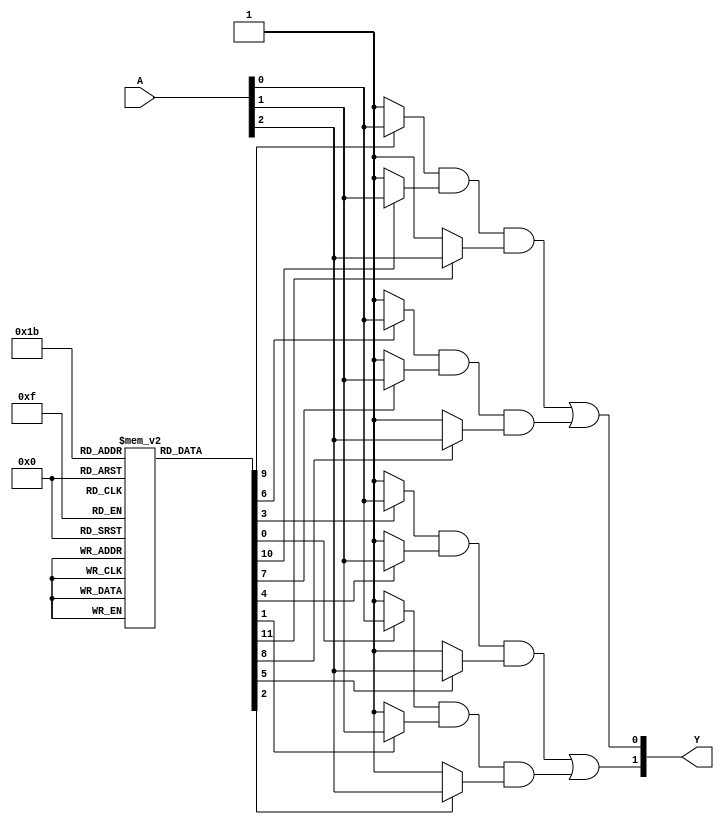
module PAL (
    input wire [N-1:0] A,   // Inputs (A, B, C, ..., N)
    output wire [M-1:0] Y   // Outputs (Y1, Y2, ..., Ym)
);

// Parameter definitions for the number of inputs and outputs
parameter N = 3; // Number of input lines
parameter M = 2; // Number of output lines
parameter AND_TERMS = 4; // Number of programmable AND gates

// Programmable AND array: Each entry corresponds to an AND gate
// The connections are represented as a 2D array where each entry can be '1' (connected) or '0' (not connected)
reg [N-1:0] and_array [0:AND_TERMS-1];

// Initialize the AND array connections (programming the AND gates)
initial begin
    // Example configuration for the AND gates
    // Format: {A, B, C} where '1' means the input is connected and '0' means it is not
    and_array[0] = 3'b111; // AND gate 0: A and B and C
    and_array[1] = 3'b110; // AND gate 1: A and B
    and_array[2] = 3'b101; // AND gate 2: A and C
    and_array[3] = 3'b011; // AND gate 3: B and C
end

// OR gates outputs
wire [AND_TERMS-1:0] and_out;

// Generate AND gate outputs based on the programmed connections
genvar i;
generate
    for (i = 0; i < AND_TERMS; i = i + 1) begin : and_gate_gen
        assign and_out[i] = (and_array[i][0] ? A[0] : 1'b1) & // A input
                            (and_array[i][1] ? A[1] : 1'b1) & // B input
                            (and_array[i][2] ? A[2] : 1'b1);  // C input
    end
endgenerate

// Fixed OR array combining outputs of the AND gates
assign Y[0] = and_out[0] | and_out[1]; // Output Y1: OR of AND gate 0 and AND gate 1
assign Y[1] = and_out[2] | and_out[3]; // Output Y2: OR of AND gate 2 and AND gate 3

endmodule